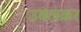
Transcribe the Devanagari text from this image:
उबलकर